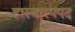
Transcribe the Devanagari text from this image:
हास्यास्पपद